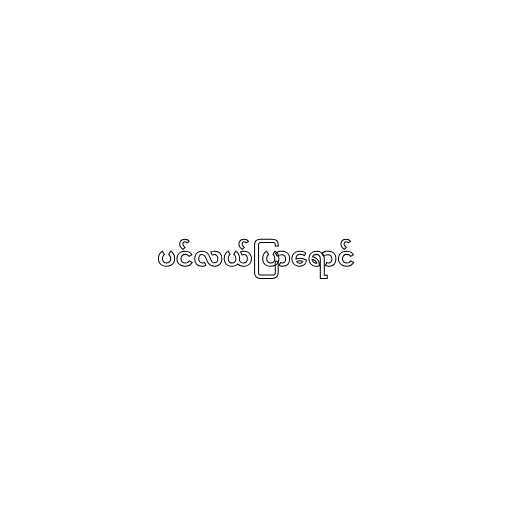
ပင်လယ်ပြာရောင်